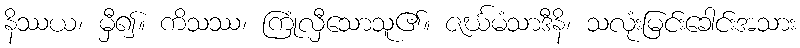
နိဿယ၊ မှီ၍။ ကိသဿ၊ ကြုံလှီသောသူ၏။ ဇင်္ဃမံသာဒီနိ၊ သလုံးမြင်းခေါင်းအသား